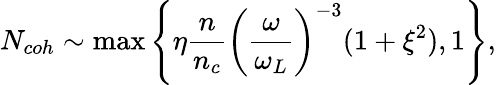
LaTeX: N_{coh}\sim\operatorname*{max}\left\{ \eta\frac{n}{n_{c}}\left(\frac{\omega}{\omega_{L}}\right)^{-3}(1+\xi^{2}),1\right\} ,